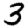
Digit: 3